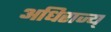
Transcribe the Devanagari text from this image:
अधिराज्य्